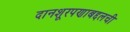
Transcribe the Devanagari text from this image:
दानशूरपणाबद्दलची